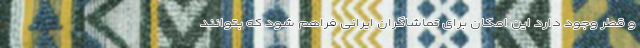
و قطر وجود دارد این امکان برای تماشاگران ایرانی فراهم شود که بتوانند